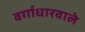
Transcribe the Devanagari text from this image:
वर्गाधारवाले